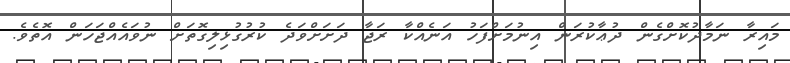
މައިރާ ނަމާދުކޮށްގެން ދުޢާކުރަން އިނުމަށްފަހު އަނެއްކާ ރަޖާ ދަށަށްވަދެ ކުރުގުޅިލިގޮތަށް ނުވައެއްޖަހަން އޮތެވެ.